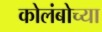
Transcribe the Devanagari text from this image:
कोलंबोच्या